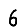
Digit: 6